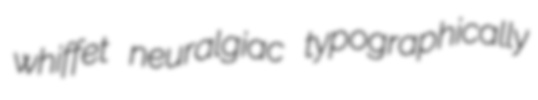
whiffet neuralgiac typographically